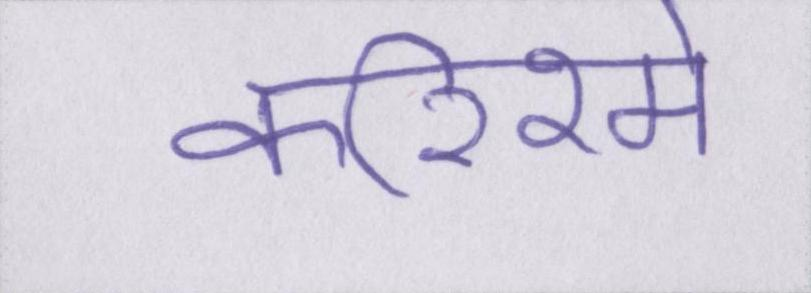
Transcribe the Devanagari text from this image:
करिश्मे